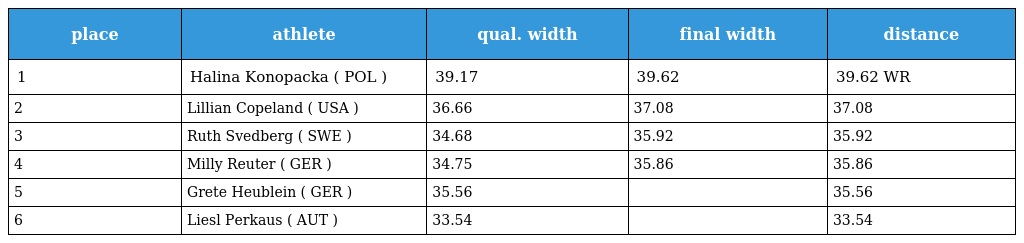
| place | athlete | qual. width | final width | distance |
 | --- | --- | --- | --- | --- |
 | 1 | Halina Konopacka ( POL ) | 39.17 | 39.62 | 39.62 WR |
 | 2 | Lillian Copeland ( USA ) | 36.66 | 37.08 | 37.08 |
 | 3 | Ruth Svedberg ( SWE ) | 34.68 | 35.92 | 35.92 |
 | 4 | Milly Reuter ( GER ) | 34.75 | 35.86 | 35.86 |
 | 5 | Grete Heublein ( GER ) | 35.56 |  | 35.56 |
 | 6 | Liesl Perkaus ( AUT ) | 33.54 |  | 33.54 |